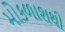
મોકળાશથી